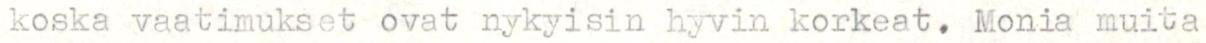
koska vaatimukset ovat nykyisin hyvin korkeat. Monia muita